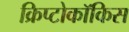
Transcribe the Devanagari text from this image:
क्रिप्टोकॉकिस